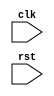
module your_module(input wire clk, // Clock signal
                    input wire rst, // Reset signal
                    // Declare other input and output signals here
                    );

  // Declare any internal signals or variables here
  
  always @(posedge rst) begin
    // Behavior to be executed on the positive edge of the reset signal
    // Synchronize signals or initialize design state here
  end

  // Other code for your module here

endmodule